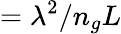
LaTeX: =\lambda^{2}/n_{g}L